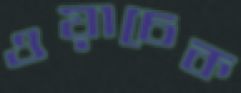
ওয়াচেক